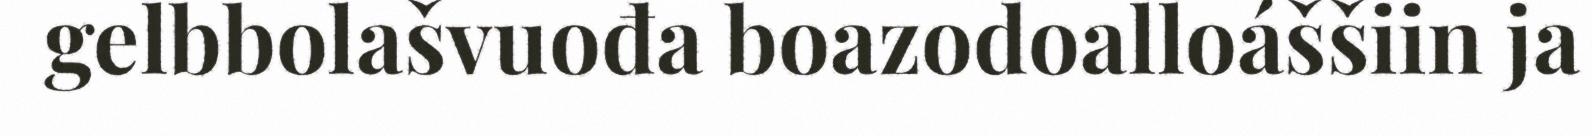
gelbbolašvuođa boazodoalloáššiin ja